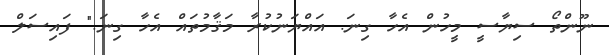
ނޫންތޯ ސިޔާސީ މީހުން އެހާ ގިނަ. އައްޔަނުކުރާ މަޤާމުތައް އެހާ ގިނަ." ފައިސަލް